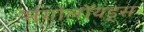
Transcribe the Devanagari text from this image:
मंगोलॉयड्स